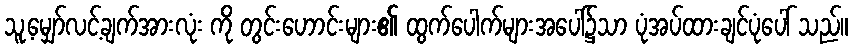
သူ့မျှော်လင့်ချက်အားလုံး ကို တွင်းဟောင်းများ၏ ထွက်ပေါက်များအပေါ်၌သာ ပုံအပ်ထားချင်ပုံပေါ် သည်။